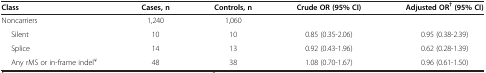
| Class | Cases, n | Controls, n | Crude OR (95% CI) | Adjusted OR† (95% CI) |
 | --- | --- | --- | --- | --- |
 | Noncarriers | 1,240 | 1,060 |  |  |
 | Silent | 10 | 10 | 0.85 (0.35-2.06) | 0.95 (0.38-2.39) |
 | Splice | 14 | 13 | 0.92 (0.43-1.96) | 0.62 (0.28-1.39) |
 | Any rMS or in-frame indel¥ | 48 | 38 | 1.08 (0.70-1.67) | 0.96 (0.61-1.50) |